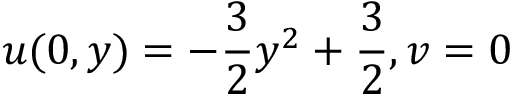
u ( 0 , y ) = - \frac { 3 } { 2 } y ^ { 2 } + \frac { 3 } { 2 } , v = 0